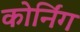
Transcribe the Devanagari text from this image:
कोर्निंग